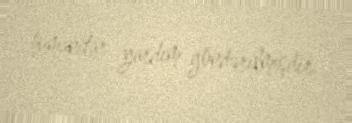
humanitar yardım göndərilmişdir.